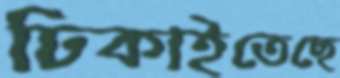
ঢিকাইতেছে